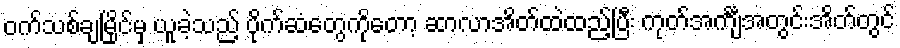
ဝက်သစ်ချမြိုင်မှ ယူခဲ့သည့် ပိုက်ဆံတွေကိုတော့ ဆာလာအိတ်ထဲထည့်ပြီး ကုတ်အင်္ကျီအတွင်းအိတ်တွင်